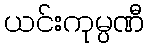
ယင်းကုမ္ပဏီ